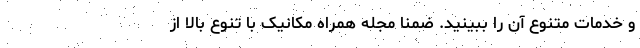
و خدمات متنوع آن را ببینید. ضمنا مجله همراه مکانیک با تنوع بالا از